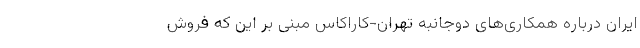
ایران درباره همکاری‌های دوجانبه تهران-کاراکاس مبنی بر این که فروش